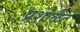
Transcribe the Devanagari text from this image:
प्रशाळेत